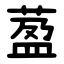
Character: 萾